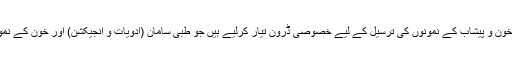
طبی ماہرین اور ڈرون ٹیکنالوجی کے ماہرین نے اس اہم مسئلے کو حل کرنے کے لیے طبی سامان اور خون و پیشاب کے نمونوں کی ترسیل کے لیے خصوصی ڈرون تیار کرلیے ہیں جو طبی سامان (ادویات و انجیکشن) اور خون کے نمونوں کو محفوظ رکھنے کے لیے مقرر کردہ درجہ حرارت کو برقرار رکھنے کی صلاحیت رکھتے ہیں۔